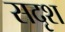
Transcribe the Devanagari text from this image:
सदृश